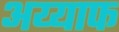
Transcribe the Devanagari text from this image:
अय्याफ